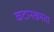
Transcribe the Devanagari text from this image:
कटानक्षमता